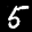
Label: 5